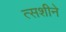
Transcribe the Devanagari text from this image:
त्सशीने